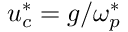
u _ { c } ^ { * } = g / \omega _ { p } ^ { * }